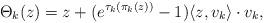
LaTeX: \begin{align*}\Theta_{k}(z)= z + (e^{\tau_k(\pi_k(z))}-1)\langle z,v_k\rangle\cdot v_k, \end{align*}